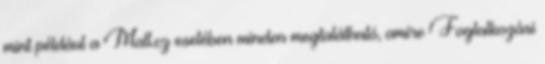
mint például a Mall.cz esetében minden megtalálható, amire Foglalkozási